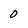
Character: 0